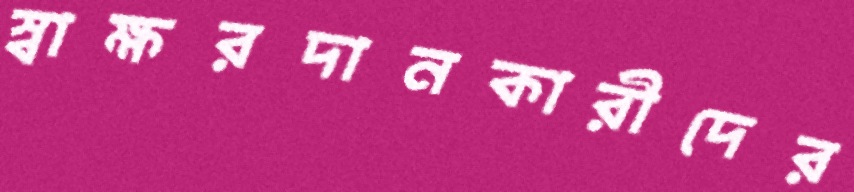
স্বাক্ষরদানকারীদের